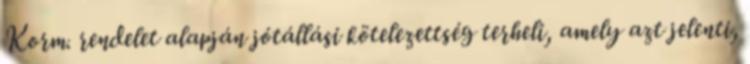
Korm. rendelet alapján jótállási kötelezettség terheli, amely azt jelenti,